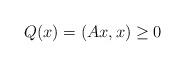
LaTeX: \begin{align*}Q(x)=(Ax,x)\geq0\end{align*}